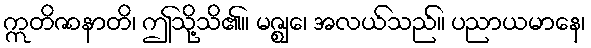
ဣတိဇာနာတိ၊ ဤသို့သိ၏။ မဇ္ဈေ၊ အလယ်သည်။ ပညာယမာနေ၊